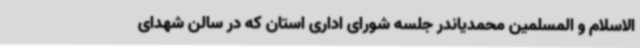
الاسلام و المسلمین محمدیاندر جلسه شورای اداری استان که در سالن شهدای